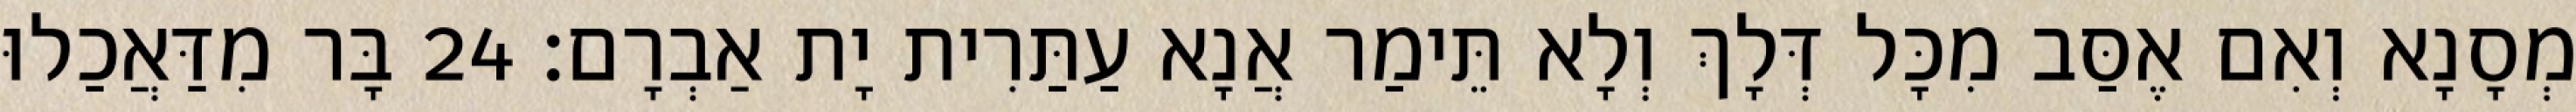
מְסָנָא וְאִם אֶסַּב מִכָּל דְּלָךְ וְלָא תֵּימַר אֲנָא עַתַּרִית יָת אַבְרָם׃ 24 בָּר מִדַּאֲכַלוּ